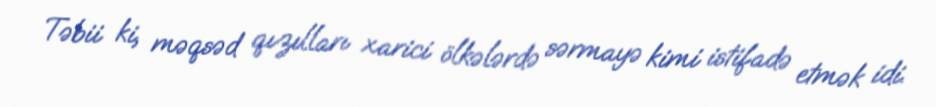
Təbii ki, məqsəd qızılları xarici ölkələrdə sərmayə kimi istifadə etmək idi.